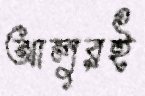
আলুরই